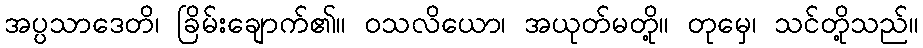
အပ္ပသာဒေတိ၊ ခြိမ်းချောက်၏။ ဝသလိယော၊ အယုတ်မတို့။ တုမှေ၊ သင်တို့သည်။